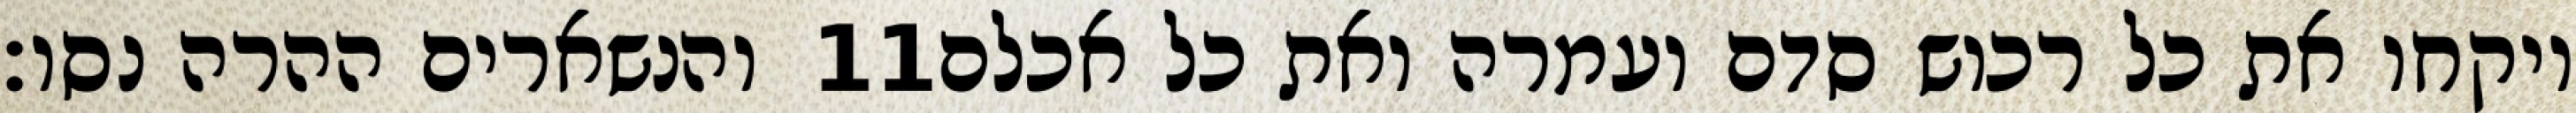
והנשארים ההרה נסו׃ ‎11‏ ויקחו את כל רכוש סדם ועמרה ואת כל אכלם